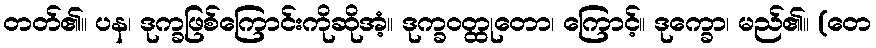
တတ်၏။ ပန၊ ဒုက္ခဖြစ်ကြောင်းကိုဆိုအံ့။ ဒုက္ခဝတ္ထုတော၊ ကြောင့်။ ဒုက္ခော၊ မည်၏။ (တေ